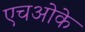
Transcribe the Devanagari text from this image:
एचओके